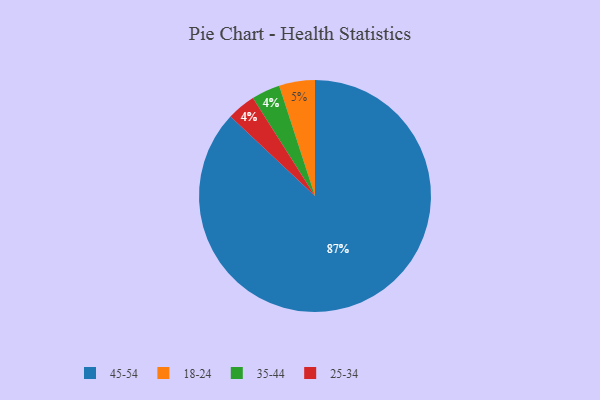
{"axis": {"x": "Category", "y": "Percentage"}, "legend": ["18-24", "25-34", "35-44", "45-54"], "data": [{"x": "45-54", "y": 87, "type": "45-54"}, {"x": "18-24", "y": 5, "type": "18-24"}, {"x": "35-44", "y": 4, "type": "35-44"}, {"x": "25-34", "y": 4, "type": "25-34"}]}